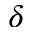
\delta